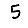
Digit: 5